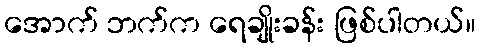
အောက် ဘက်က ရေချိုးခန်း ဖြစ်ပါတယ်။